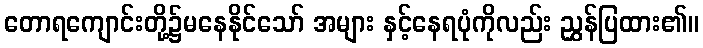
တောရကျောင်းတို့၌မနေနိုင်သော် အများ နှင့်နေရပုံကိုလည်း ညွှန်ပြထား၏။